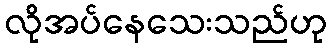
လိုအပ်နေသေးသည်ဟု